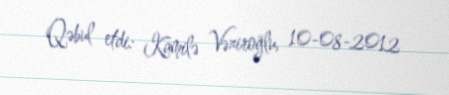
Qəbul etdi: Kamilə Vəziroğlu, 10-08-2012